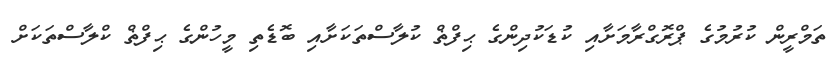
ތަމްރީން ކުރުމުގެ ޕްރޮގްރާމަށާއި ކުޑަކުދިންގެ ޙިފްޡް ކުލާސްތަކަށާއި ބޮޑެތި މީހުންގެ ޙިފްޡް ކްލާސްތަކަށް